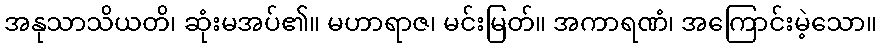
အနုသာသိယတိ၊ ဆုံးမအပ်၏။ မဟာရာဇ၊ မင်းမြတ်။ အကာရဏံ၊ အကြောင်းမဲ့သော။